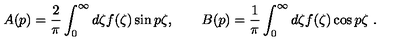
A ( p ) = \frac 2 \pi \int _ { 0 } ^ { \infty } d \zeta f ( \zeta ) \sin p \zeta , \qquad B ( p ) = \frac 1 \pi \int _ { 0 } ^ { \infty } d \zeta f ( \zeta ) \cos p \zeta \ .